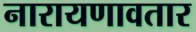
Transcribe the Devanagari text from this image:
नारायणावतार